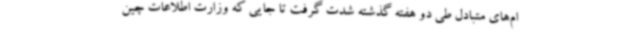
ام‌های متبادل طی دو هفته گذشته شدت گرفت تا جایی که وزارت اطلاعات چین